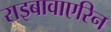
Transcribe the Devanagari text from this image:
राइबावाएरिन